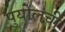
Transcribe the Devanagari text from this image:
पुयोलची